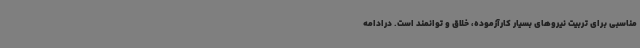
مناسبی برای تربیت نیروهای بسیار کارآزموده، خلاق و توانمند است. درادامه